Report of the Indian Hemp Drugs Commission, 1894-1895 - Volume VI
Year: 1894
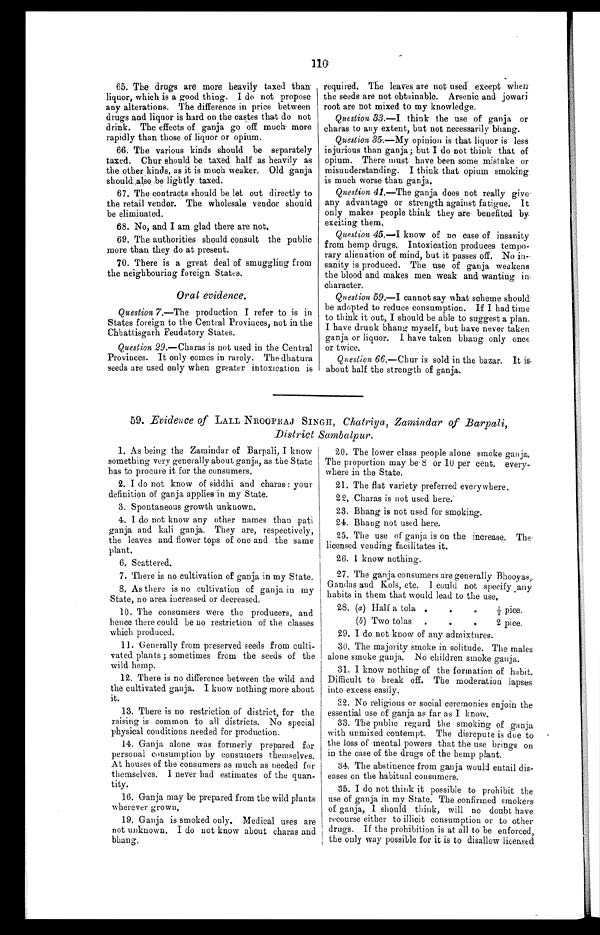
110
65. The drugs are more heavily taxed than
liquor, which is a good thing. I do not propose
any alterations. The difference in price between
drugs and liquor is hard on the castes that do not
drink. The effects of ganja go off much more
rapidly than those of liquor or opium.
66. The various kinds should be separately
taxed. Chur should be taxed half as heavily as
the other kinds, as it is much weaker. Old ganja
should also be lightly taxed.
67. The contracts should be let out directly to
the retail vendor. The wholesale vendor should
be eliminated.
68. No, and I am glad there are not.
69. The authorities should consult the public
more than they do at present.
70. There is a great deal of smuggling from
the neighbouring foreign States.
Oral evidence.
Question 7.—The production I refer to is in
States foreign to the Central Provinces, not in the
Chhattisgarh Feudatory States.
Question 29 .—Charas is not used in the Central
Provinces. It only comes in rarely. The dhatura
seeds are used only when greater intoxication is
required. The leaves are not used except when
the seeds are not obtainable. Arsenic and jowari
root are not mixed to my knowledge.
Question 33 .—I think the use of ganja or
charas to any extent, but not necessarily bhang.
Question 35 .—My opinion is that liquor is less
injurious than ganja; but I do not think that of
opium. There must have been some mistake or
misunderstanding. I think that opium smoking.
is much worse than ganja.
Question 41 .—The ganja does not really give
any advantage or strength against fatigue. It
only makes people think they are benefited by
exciting them.
Question 45.—I know of no case of insanity
from hemp drugs. Intoxication produces tempo
-rary alienation of mind, but it passes off. No in
- s a n i t y i s p r o d u c e d . T h e u s e o f g a n j a w e a k e n s
the blood and makes men weak and wanting in
character.
Question 59 .—I cannot say what scheme should
be adopted to reduce consumption. If I had time
to think it out, I should be able to suggest a plan.
I have drunk bhang myself, but have never taken
ganja or liquor. I have taken bhang only once
or twice.
Question 66.—Chur is sold in the bazar. It is
about half the strength of ganja.
59. Evidence of LALL NROOPRAJ SINGH, Chatriya, Zamindar of Barpali,
District Sambalpur.
1. As being the Zamindar of Barpali, I know
something very generally about ganja, as the State
has to procure it for the consumers.
2. I do not know of siddhi and charas: your
definition of ganja applies in my State.
3. Spontaneous growth unknown.
4. I do not know any other names than pati
ganja and kali ganja. They are, respectively,
the leaves and flower tops of one and the same
plant.
6. Scattered.
7. There is no cultivation of ganja in my State.
8. As there is no cultivation of ganja in my
State, no area increased or decreased.
10. The consumers were the producers, and
hence there could be no restriction of the classes
which produced.
11. Generally from preserved seeds from culti
- v a t e d p l a n t s ; s o m e t i m e s f r o m t h e s e e d s o f t h e
wild hemp.
12. There is no difference between the wild and
the cultivated ganja. I know nothing more about
it.
13. There is no restriction of district, for the
raising is common to all districts. No special
physical conditions needed for production.
14. Ganja alone was formerly prepared for
personal consumption by consumers themselves.
At houses of the consumers as much as needed for
themselves. I never had estimates of the quan
- t i t y .
16. Ganja may be prepared from the wild plants
wherever grown.
19. Ganja is smoked only. Medical uses are
not unknown. I do not know about charas and
bhang.
20. The lower class people alone smoke ganja.
The proportion may be 8 or 10 per cent. every-
where in the State.
21. The flat variety preferred everywhere
.
22. Charas is not used here.
23. Bhang is not used for smoking.
24. Bhang not used here.
25. The use of ganja is on the increase. The
licensed vending facilitates it.
26. I know nothing.
27. The ganja consumers are generally Bhooyas,
Gandas and Kols, etc. I could not specify any
habits in them that would lead to the use
28. (a) Half a tola
(b) Two tolas
29. I do not know of any admixtures.
30. The majority smoke in solitude. The males
alone smoke ganja. No children smoke ganja.
31. I know nothing of the formation of habit.
Difficult to break off. The moderation lapses
into excess easily.
32. No religious or social ceremonies enjoin the
essential use of ganja as far as I know.
33. The public regard the smoking of ganja
with unmixed contempt. The disrepute is due to
the loss of mental powers that the use brings on
in the case of the drugs of the hemp plant.
34. The abstinence from ganja would entail dis
-eases on the habitual consumers.
35. I do not think it possible to prohibit the
use of ganja in my State. The confirmed smokers
of ganja, I should think, will no doubt have
recourse either to illicit consumption or to other
drugs. If the prohibition is at all to be enforced,
the only way possible for it is to disallow licensed
½ pice.
2 pice.